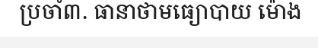
ប្រចាំ៣. ធានាថាមធ្យោបាយ ម៉ោង